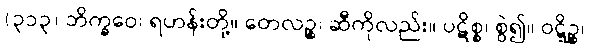
(၃၁၃) ဘိက္ခဝေ၊ ရဟန်းတို့။ တေလဉ္စ၊ ဆီကိုလည်း။ ပဋိစ္စ၊ စွဲ၍။ ဝဋ္ဋိဉ္စ၊